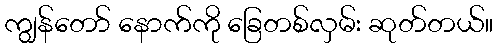
ကျွန်တော် နောက်ကို ခြေတစ်လှမ်း ဆုတ်တယ်။